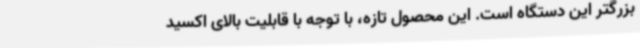
بزرگتر این دستگاه است. این محصول تازه، با توجه با قابلیت بالای اکسید